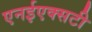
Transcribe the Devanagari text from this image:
एनईएक्सटी